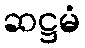
ဆဋ္ဌမံ